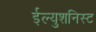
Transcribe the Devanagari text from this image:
ईल्युशनिस्ट